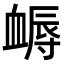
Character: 𧗈